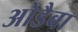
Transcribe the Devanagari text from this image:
ओडैबा